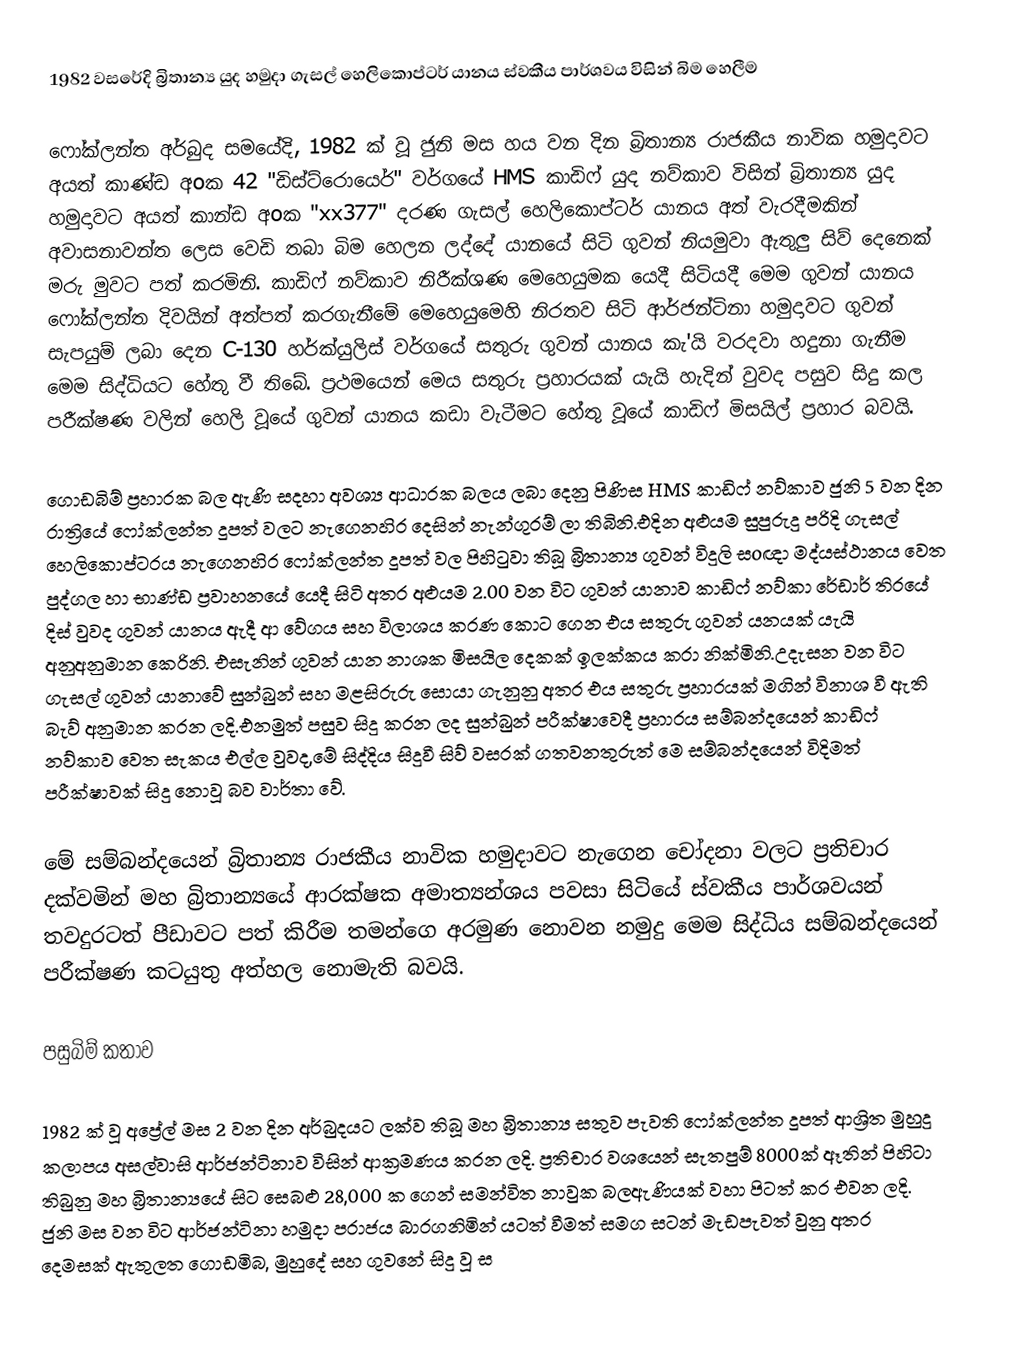
1982 වසරේදි බ්‍රිතාන්‍ය යුද හමුදා ගැසල් හෙලිකොප්ටර් යානය ස්වකීය පාර්ශවය විසින් බිම හෙලීම

ෆෝක්ලන්ත අර්බුද සමයේදි, 1982 ක් වූ ජුනි මස හය වන දින බ්‍රිතාන්‍ය රාජකීය නාවික හමුදාවට අයත් කාණ්ඩ අoක 42 "ඩිස්ට්රොයෙර්" වර්ගයේ HMS කාඩිෆ් යුද නව්කාව විසින් බ්‍රිතාන්‍ය යුද හමුදාවට අයත් කාන්ඩ අoක "xx377" දරණ ගැසල් හෙලිකොප්ටර් යානය අත් වැරදීමකින් අවාසනාවන්ත ලෙස වෙඩි තබා බිම හෙලන ලද්දේ යානයේ සිටි ගුවන් නියමුවා ඇතුලු සිව් දෙනෙක් මරු මුවට පත් කරමිනි. කාඩිෆ් නව්කාව නිරීක්ශණ මෙහෙයුමක යෙදී සිටියදී මෙම ගුවන් යානය ෆෝක්ලන්ත දිවයින් අත්පත් කරගැනීමේ මෙහෙයුමෙහි නිරතව සිටි ආර්ජන්ටිනා හමුදාවට ගුවන් සැපයුම් ලබා දෙන C-130 හර්ක්යුලිස් වර්ගයේ සතුරු ගුවන් යානය කැ'යි වරදවා හදුනා ගැනීම මෙම සිද්ධියට හේතු වී තිබේ. ප්‍රථමයෙන් මෙය සතුරු ප්‍රහාරයක් යැයි හැදින් වුවද පසුව සිදු කල පරීක්ෂණ වලින් හෙලි වූයේ ගුවන් යානය කඩා වැටීමට හේතු වූයේ කාඩිෆ් මිසයිල් ප්‍රහාර බවයි.

ගොඩබිම් ප්‍රහාරක බල ඇණි සදහා අවශ්‍ය ආධාරක බලය ලබා දෙනු පිණිස HMS කාඩිෆ් නව්කාව ජුනි 5 වන දින රාත්‍රියේ ෆෝක්ලන්ත දූපත් වලට නැගෙනහිර දෙසින් නැන්ගුරම් ලා තිබිනි.එදින අළුයම සුපුරුදු පරිදි ගැසල් හෙලිකොප්ටරය නැගෙනහිර ෆෝක්ලන්ත දූපත් වල පිහිටුවා තිබූ බ්‍රිතාන්‍ය ගුවන් විදුලි සoඥා මද්යස්ථානය වෙත පුද්ගල හා භාණ්ඩ ප්‍රවාහනයේ යෙදී සිටි අතර අළුයම 2.00 වන විට ගුවන් යානාව කාඩිෆ් නව්කා රේඩාර් තිරයේ දිස් වුවද ගුවන් යානය ඇදී ආ වේගය සහ විලාශය කරණ කොට ගෙන එය සතුරු ගුවන් යනයක් යැයි අනුඅනුමාන කෙරිනි. එසැනින් ගුවන් යාන නාශක මිසයිල දෙකක් ඉලක්කය කරා නික්මිනි.උදැසන වන විට ගැසල් ගුවන් යානාවේ සුන්බුන් සහ මළසිරුරු සොයා ගැනුනු අතර එය සතුරු ප්‍රහාරයක් මගින් විනාශ වී ඇති බැව් අනුමාන කරන ලදි.එනමුත් පසුව සිදු කරන ලද සුන්බුන් පරීක්ෂාවෙදී ප්‍රහාරය සම්බන්දයෙන් කාඩිෆ් නව්කාව වෙත සැකය එල්ල වුවද,මේ සිද්දිය සිදුවී සිව් වසරක් ගතවනතුරුත් මෙ සම්බන්දයෙන් විදිමත් පරීක්ෂාවක් සිදු නොවූ බව වාර්තා වේ.

මේ සම්බන්දයෙන් බ්‍රිතාන්‍ය රාජකීය නාවික හමුදාවට නැගෙන චෝදනා වලට ප්‍රතිචාර දක්වමින් මහ බ්‍රිතාන්‍යයේ ආරක්ෂක අමාත්‍යන්ශය පවසා සිටියේ ස්වකීය පාර්ශවයන් තවදුරටත් පීඩාවට පත් කිරීම තමන්ගෙ අරමුණ නොවන නමුදු මෙම සිද්ධිය සම්බන්දයෙන් පරීක්ෂණ කටයුතු අත්හල නොමැති බවයි.

පසුබිම් කතාව

1982 ක් වූ අප්‍රේල් මස 2 වන දින අර්බුදයට ලක්ව තිබූ මහ බ්‍රිතාන්‍ය සතුව පැවති ෆෝක්ලන්ත දූපත් ආශ්‍රිත මුහුදු කලාපය අසල්වාසි ආර්ජන්ටිනාව විසින් ආක්‍රමණය කරන ලදි. ප්‍රතිචාර වශයෙන් සැතපුම් 8000ක් ඈතින් පිහිටා තිබුනු මහ බ්‍රිතාන්‍යයේ සිට සෙබළු 28,000 ක ගෙන් සමන්විත නාවුක බලඇණියක් වහා පිටත් කර එවන ලදි. ජුනි මස වන විට ආර්ජන්ටිනා හමුදා පරාජය බාරගනිමින් යටත් වීමත් සමග සටන් මැඩපැවත් වුනු අතර දෙමසක් ඇතුලත ගොඩමිබ, මුහුදේ සහ ගුවනේ සිදු වූ ස